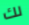
لك